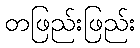
တဖြည်းဖြည်း